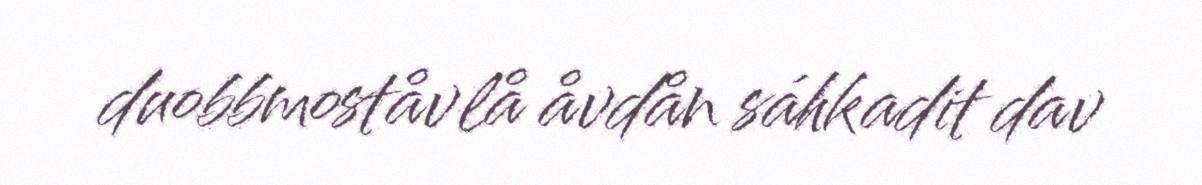
duobbmoståvlå åvdån sáhkadit dav